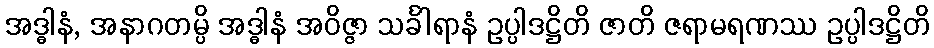
အဒ္ဓါနံ, အနာဂတမ္ပိ အဒ္ဓါနံ အဝိဇ္ဇာ သင်္ခါရာနံ ဥပ္ပါဒဋ္ဌိတိ ဇာတိ ဇရာမရဏဿ ဥပ္ပါဒဋ္ဌိတိ